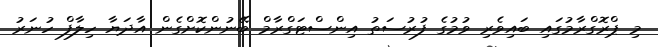
މި ޕްރޮގްރާމުގައި ބައިވެރި ވުމުގެ ފުރުސަތު އިންސްޓަގްރާމް ބޭނުންކޮށްގެން އާދަޔާ ހިލާފް ހުނަރު